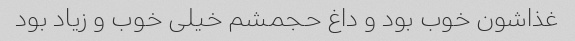
غذاشون خوب بود و داغ حجمشم خیلی خوب و زیاد بود